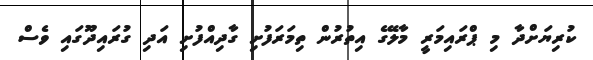
ކުރިޔަށްދާ މި ޕްރައިމަރީ މާލޭގެ އިތުރުން ތިމަރަފުށި ގާދިއްފުށި އަދި ގުރައިދޫގައި ވެސް